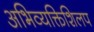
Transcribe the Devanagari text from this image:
अभिव्यक्तिशिलप